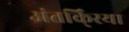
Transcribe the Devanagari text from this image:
अंतर्कि्रया